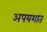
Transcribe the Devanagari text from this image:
अपयशात